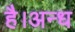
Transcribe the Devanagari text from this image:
है।अन्ध